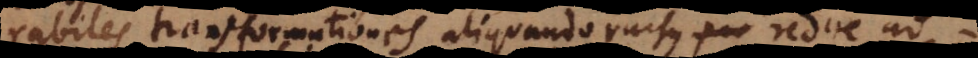
rabiles transformationes aliquando rursus redire ad